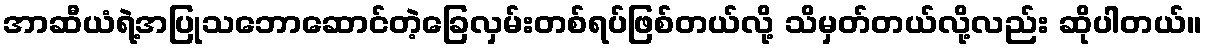
အာဆီယံရဲ့အပြုသဘောဆောင်တဲ့ခြေလှမ်းတစ်ရပ်ဖြစ်တယ်လို့ သိမှတ်တယ်လို့လည်း ဆိုပါတယ်။